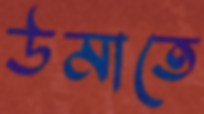
উমাতে